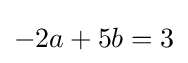
-2a+5b=3